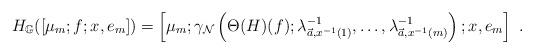
LaTeX: \begin{align*}H_{\mathbb G}([\mu_m;f;x,e_m])= \left[\mu_m;\gamma_{\mathcal N}\left(\Theta(H)(f);\lambda_{\vec a,x^{-1}(1)}^{-1},\dots,\lambda_{\vec a,x^{-1}(m)}^{-1}\right);x,e_m\right]\ .\end{align*}